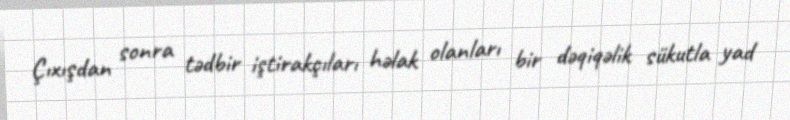
Çıxışdan sonra tədbir iştirakçıları həlak olanları bir dəqiqəlik sükutla yad